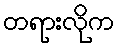
တရားလိုက